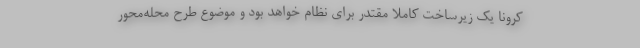
کرونا یک زیرساخت کاملا مقتدر برای نظام خواهد بود و موضوع طرح محله‌محور